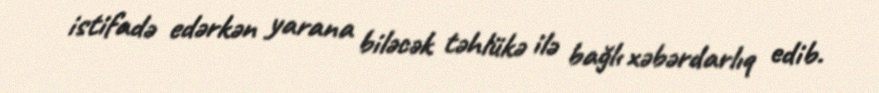
istifadə edərkən yarana biləcək təhlükə ilə bağlı xəbərdarlıq edib.